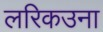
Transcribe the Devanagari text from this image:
लरिकउना